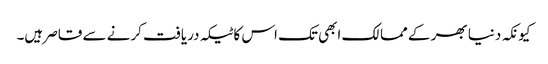
کیونکہ دنیا بھر کے ممالک ابھی تک اس کا ٹیکہ دریافت کرنے سے قاصر ہیں۔